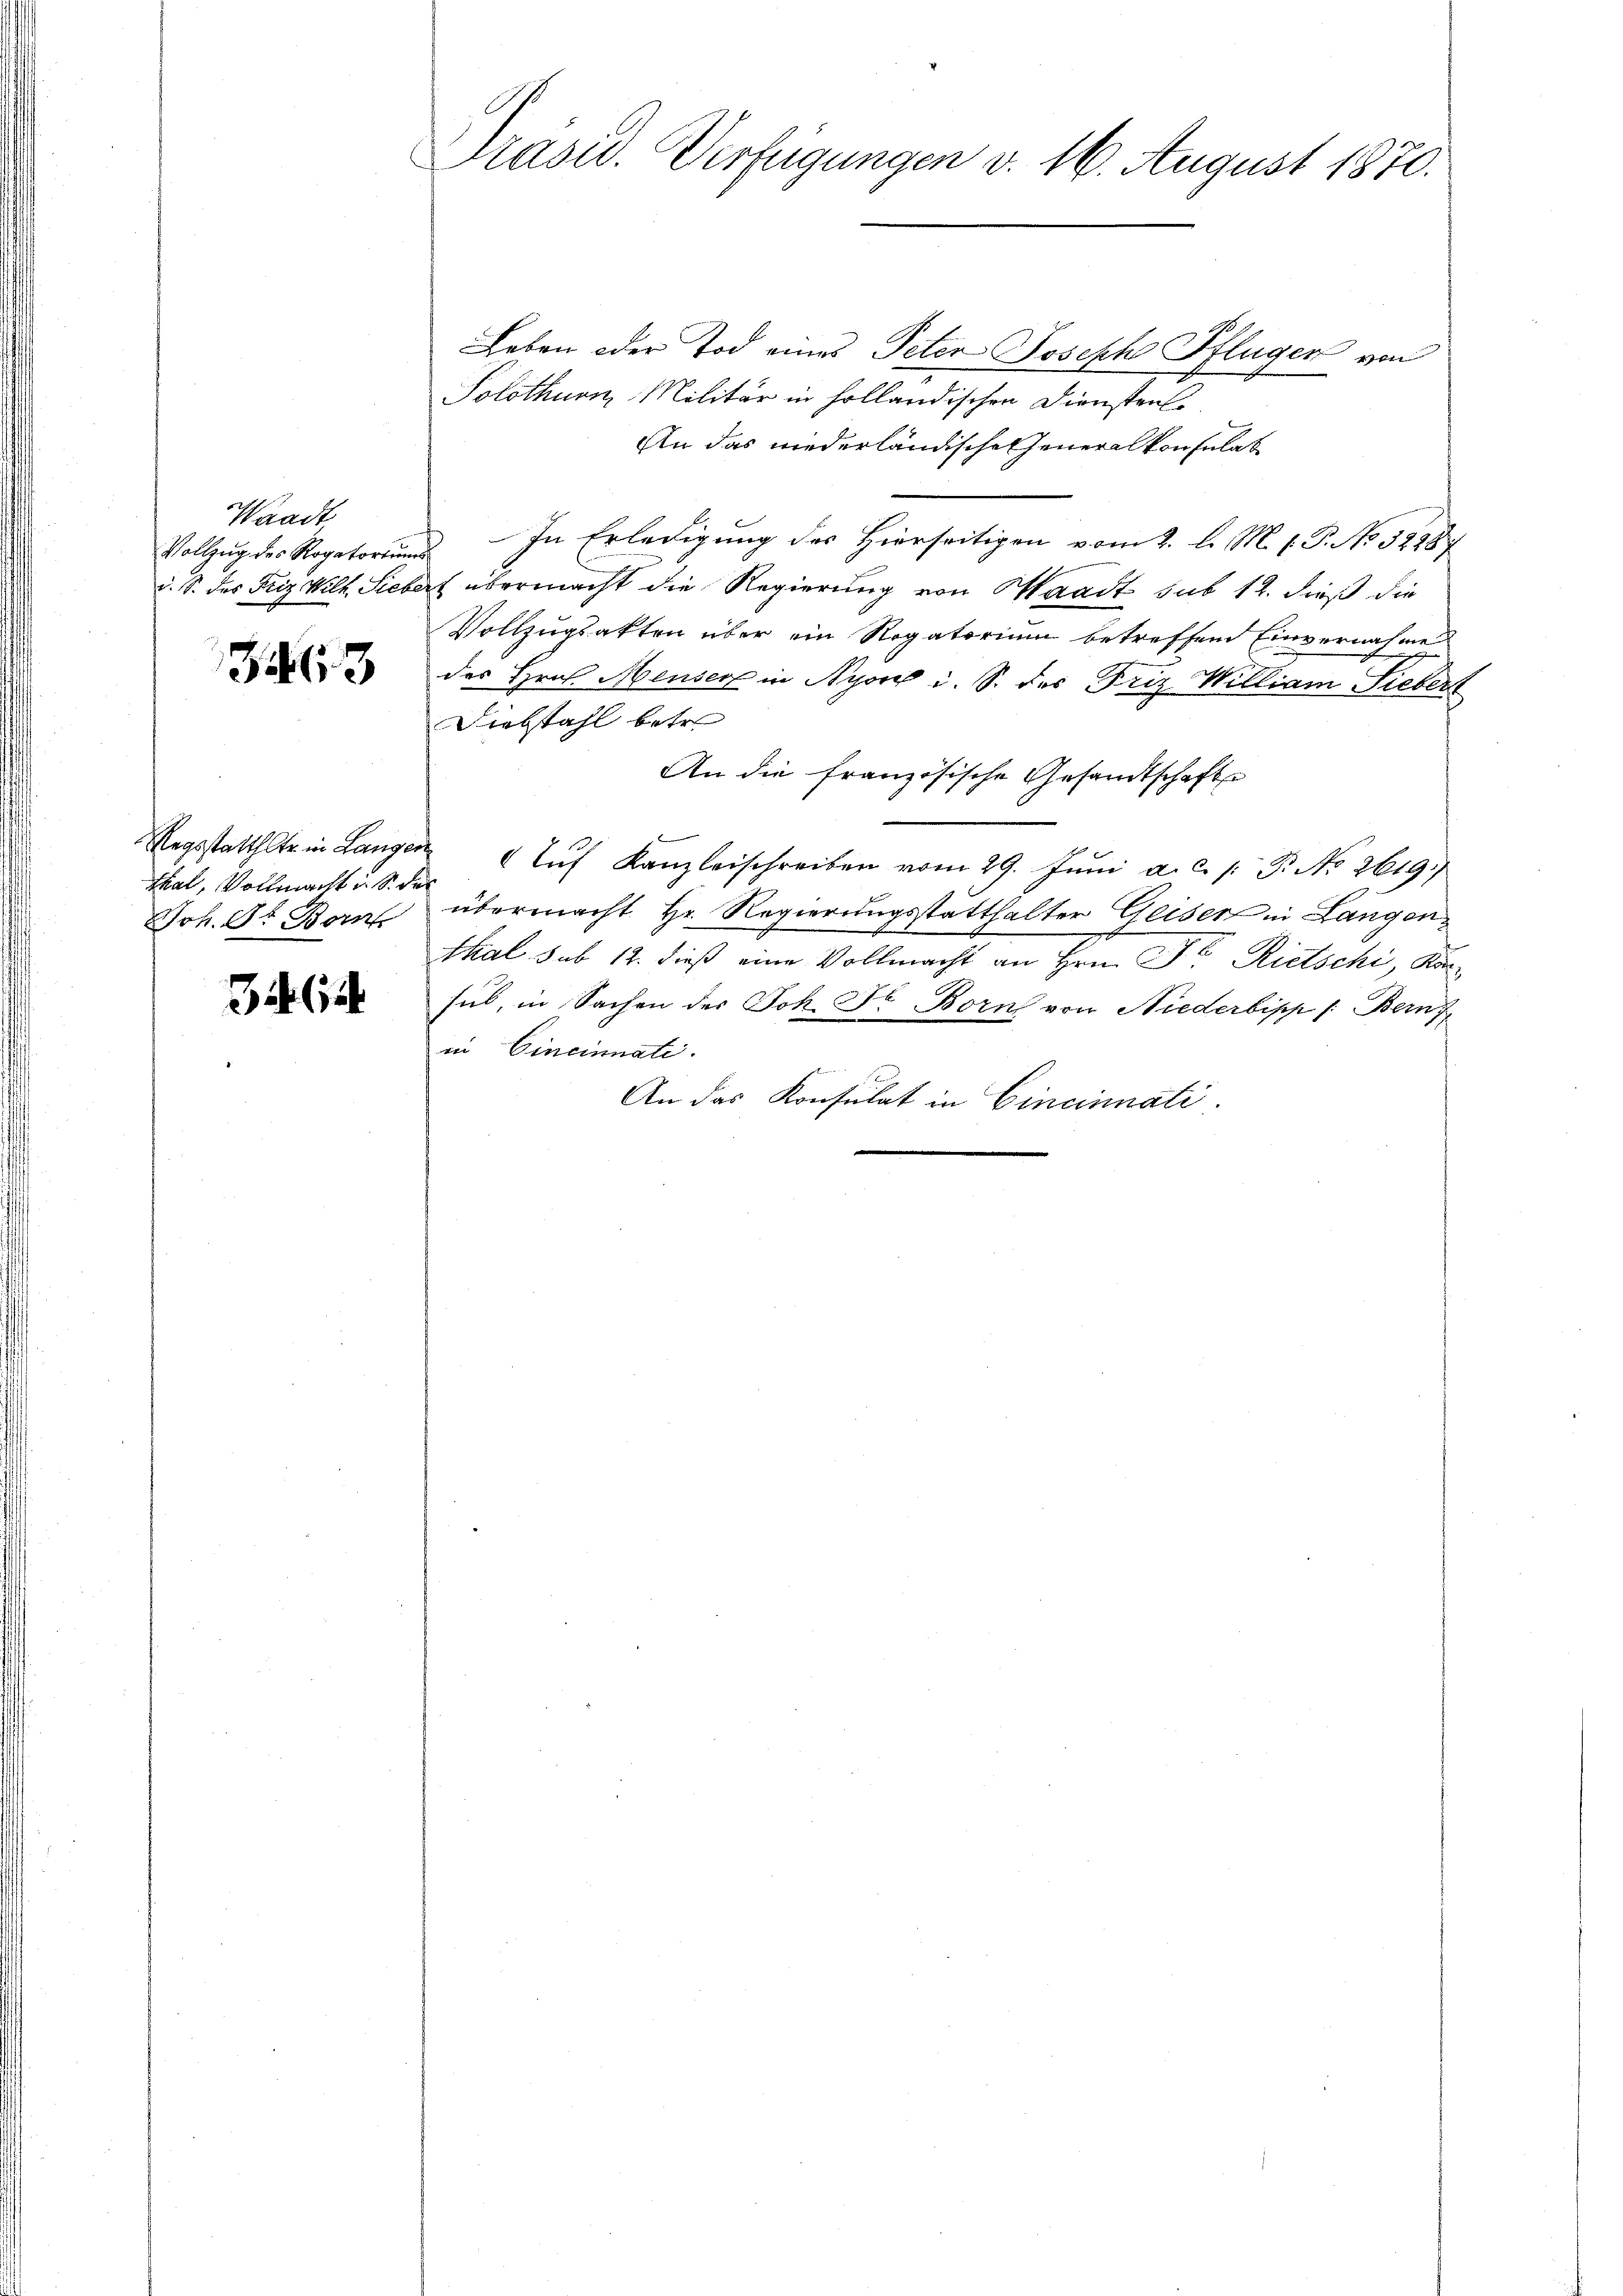
Waadt

3463

Thal, Vollmacht in S. des
Joh. St. Bern

3462

Präsid. Verfügungen v. 16. August 1870.

Leben oder Tod eines Peter Joseph Pflüger von
Solothurn, Militär in holländischen Dienstens
An das niederländischen General von Eulab
Vollzug des Rogatorium. In Erledigung des Hierseitigen vom 2. l. M. E. P. No 52287
d. S. des Friz Wilh. Siebert übermacht die Regierung von Waadt sub 12. dieß die
Vollzugsakten über ein Rogatorium betreffend Einvernahme
des Hrn. Menser in Nyon i. S. des Friz William Lieberst
Diebstahl betre
An die französische Gesandtschafte
Ragsstatthalte in Langer  Aŭf Kanzleischreiben vom 29. Jŭni a.c. s. Z. No. 2619.
übermacht Hr. Regierungsstatthalter Geiser in Langen
skal sub 12. dieß eine Vollmacht an Hrn. Dr. Rietschi, Kansub, in Sachen des Joh. Fr. Born von Niederbipp /: Bern
in Cincinati
An das Konsulat in Cincinati